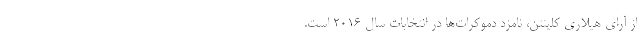
از آرای هیلاری کلینتن، نامزد دموکرات‌ها در انتخابات سال ۲۰۱۶ است.